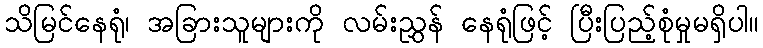
သိမြင်နေရုံ၊ အခြားသူများကို လမ်းညွှန် နေရုံဖြင့် ပြီးပြည့်စုံမှုမရှိပါ။